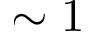
\sim 1